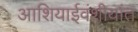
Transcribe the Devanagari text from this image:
आशियाईवंशीयांत